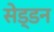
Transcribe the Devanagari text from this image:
सेड्डन